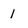
Character: 1